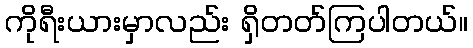
ကိုရီးယားမှာလည်း ရှိတတ်ကြပါတယ်။